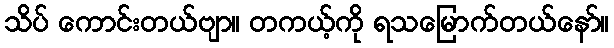
သိပ် ကောင်းတယ်ဗျာ။ တကယ့်ကို ရသမြောက်တယ်နော်။